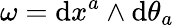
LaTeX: \omega=\mathrm{d}x^{a}\wedge\mathrm{d}\theta_{a}